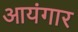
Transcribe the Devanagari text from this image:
आयंगार